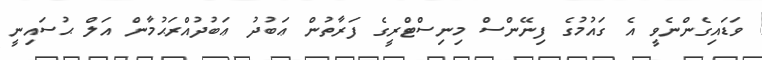
ވަޑައިގެންނެވީ އެ ގައުމުގެ ފިނޭންސް މިނިސްޓްރީގެ ފަރާތުން ޢަބުދު ޢަބުދުއްރަޙުމާން އަލް ޙުސައިނީ